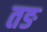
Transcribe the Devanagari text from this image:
तङ